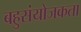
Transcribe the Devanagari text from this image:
बहुसंयोजकता